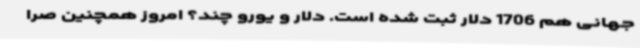
جهانی هم 1706 دلار ثبت شده است. دلار و یورو چند؟ امروز همچنین صرا